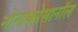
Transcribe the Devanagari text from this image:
नोनाकोसानॉल